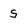
Character: S